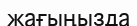
жағыңызда